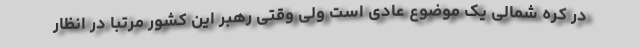
در کره شمالی یک موضوع عادی است ولی وقتی رهبر این کشور مرتبا در انظار